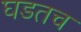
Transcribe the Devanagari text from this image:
घडतच